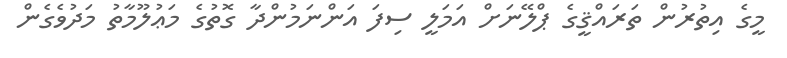
މީގެ އިތުރުން ތަރައްޤީގެ ޕްލޭނަށް އަމަލީ ސިފަ އަންނަމުންދާ ގޮތުގެ މަޢުލޫމާތު މަދުވެގެން